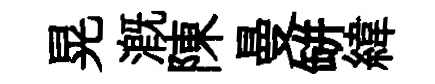
晃溉陳曼缾緯